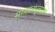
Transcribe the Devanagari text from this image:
सय्यदबंधूंबरोबर